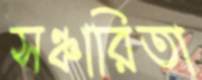
সঞ্চারিতা